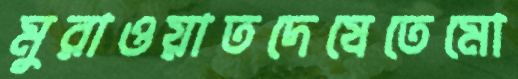
মুরাওয়াতদেষেতেমো